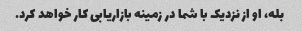
بله، او از نزدیک با شما در زمینه بازاریابی کار خواهد کرد.